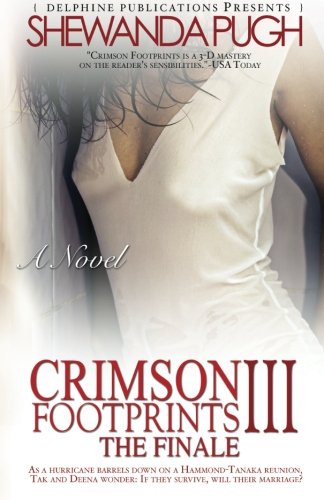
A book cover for Crimson Footprints III: The Finale (Delphine Publications Presents); Shewanda Pugh; Mystery, Thriller & Suspense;